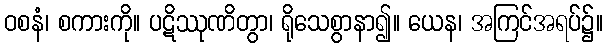
ဝစနံ၊ စကားကို။ ပဋိဿုဏိတွာ၊ ရိုသေစွာနာ၍။ ယေန၊ အကြင်အရပ်၌။